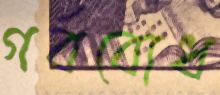
গর্ববোধ